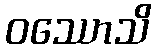
ဝဿောသိ